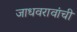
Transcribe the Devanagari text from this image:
जाधवरावांची